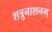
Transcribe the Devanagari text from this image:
शत्रुनाशनम्